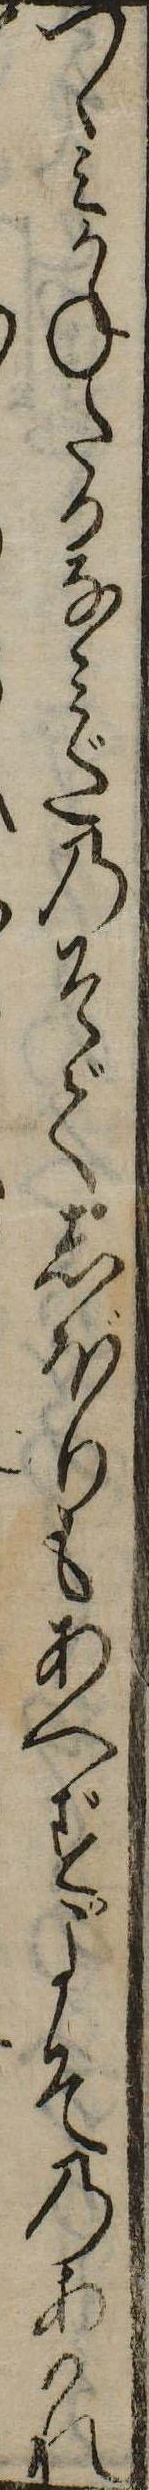
つゝみかねたるなみだのそでしぼりもあへずよそのあはれ